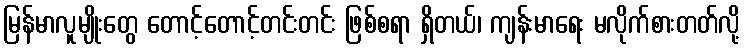
မြန်မာလူမျိုးတွေ တောင့်တောင့်တင်းတင်း ဖြစ်စရာ ရှိတယ်၊ ကျန်းမာရေး မလိုက်စားတတ်လို့